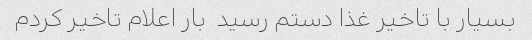
بسیار با تاخیر غذا دستم رسید  بار اعلام تاخیر کردم